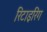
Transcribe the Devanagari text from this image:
रिटाइरिंग